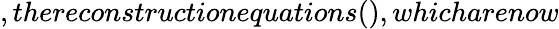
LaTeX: ,thereconstructionequations(),whicharenow